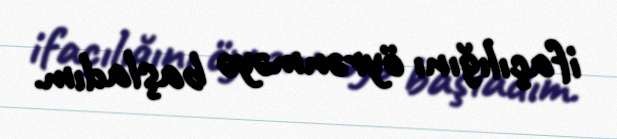
ifaçılığını öyrənməyə başladım.